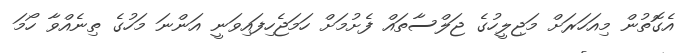
އެގޮތުން މިއަހަރަށް މަޖިލީހުގެ ޖަލްސާތައް ފެށުމަށް ހަމަޖެހިފައިވަނީ އަންނަ މަހުގެ ތިނެއްވާ ހޯމަ